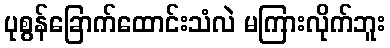
ပုစွန်ခြောက်ထောင်းသံလဲ မကြားလိုက်ဘူး